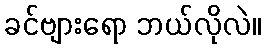
ခင်ဗျားရော ဘယ်လိုလဲ။